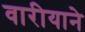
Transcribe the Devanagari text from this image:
वारीयाने